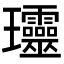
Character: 𤫩